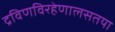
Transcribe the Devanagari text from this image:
द्रविणविरहेणालसतया